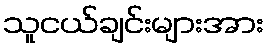
သူငယ်ချင်းများအား